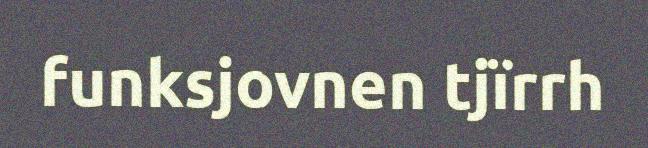
funksjovnen tjïrrh